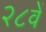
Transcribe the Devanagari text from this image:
२८वें